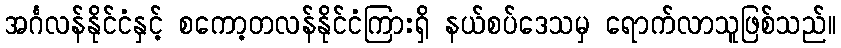
အင်္ဂလန်နိုင်ငံနှင့် စကော့တလန်နိုင်ငံကြားရှိ နယ်စပ်ဒေသမှ ရောက်လာသူဖြစ်သည်။